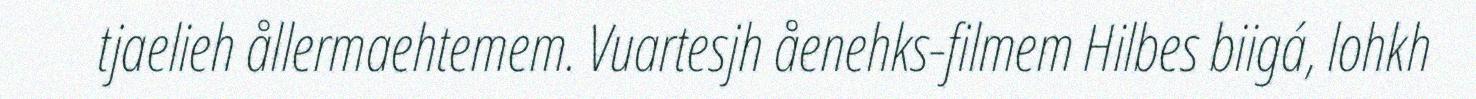
tjaelieh ållermaehtemem. Vuartesjh åenehks-filmem Hilbes biigá, lohkh